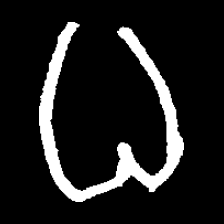
Pyu character \u2014 Myanmar letter: ဓ (romanized: dha)